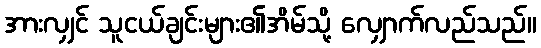
အားလျှင် သူငယ်ချင်းများ၏အိမ်သို့ လျှောက်လည်သည်။